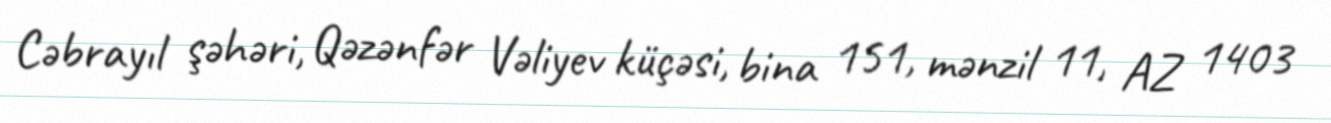
Cəbrayıl şəhəri, Qəzənfər Vəliyev küçəsi, bina 151, mənzil 11, AZ 1403